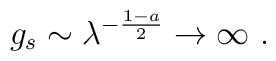
g_s \sim \lambda^{-{1-a\over 2}} \to \infty\ .